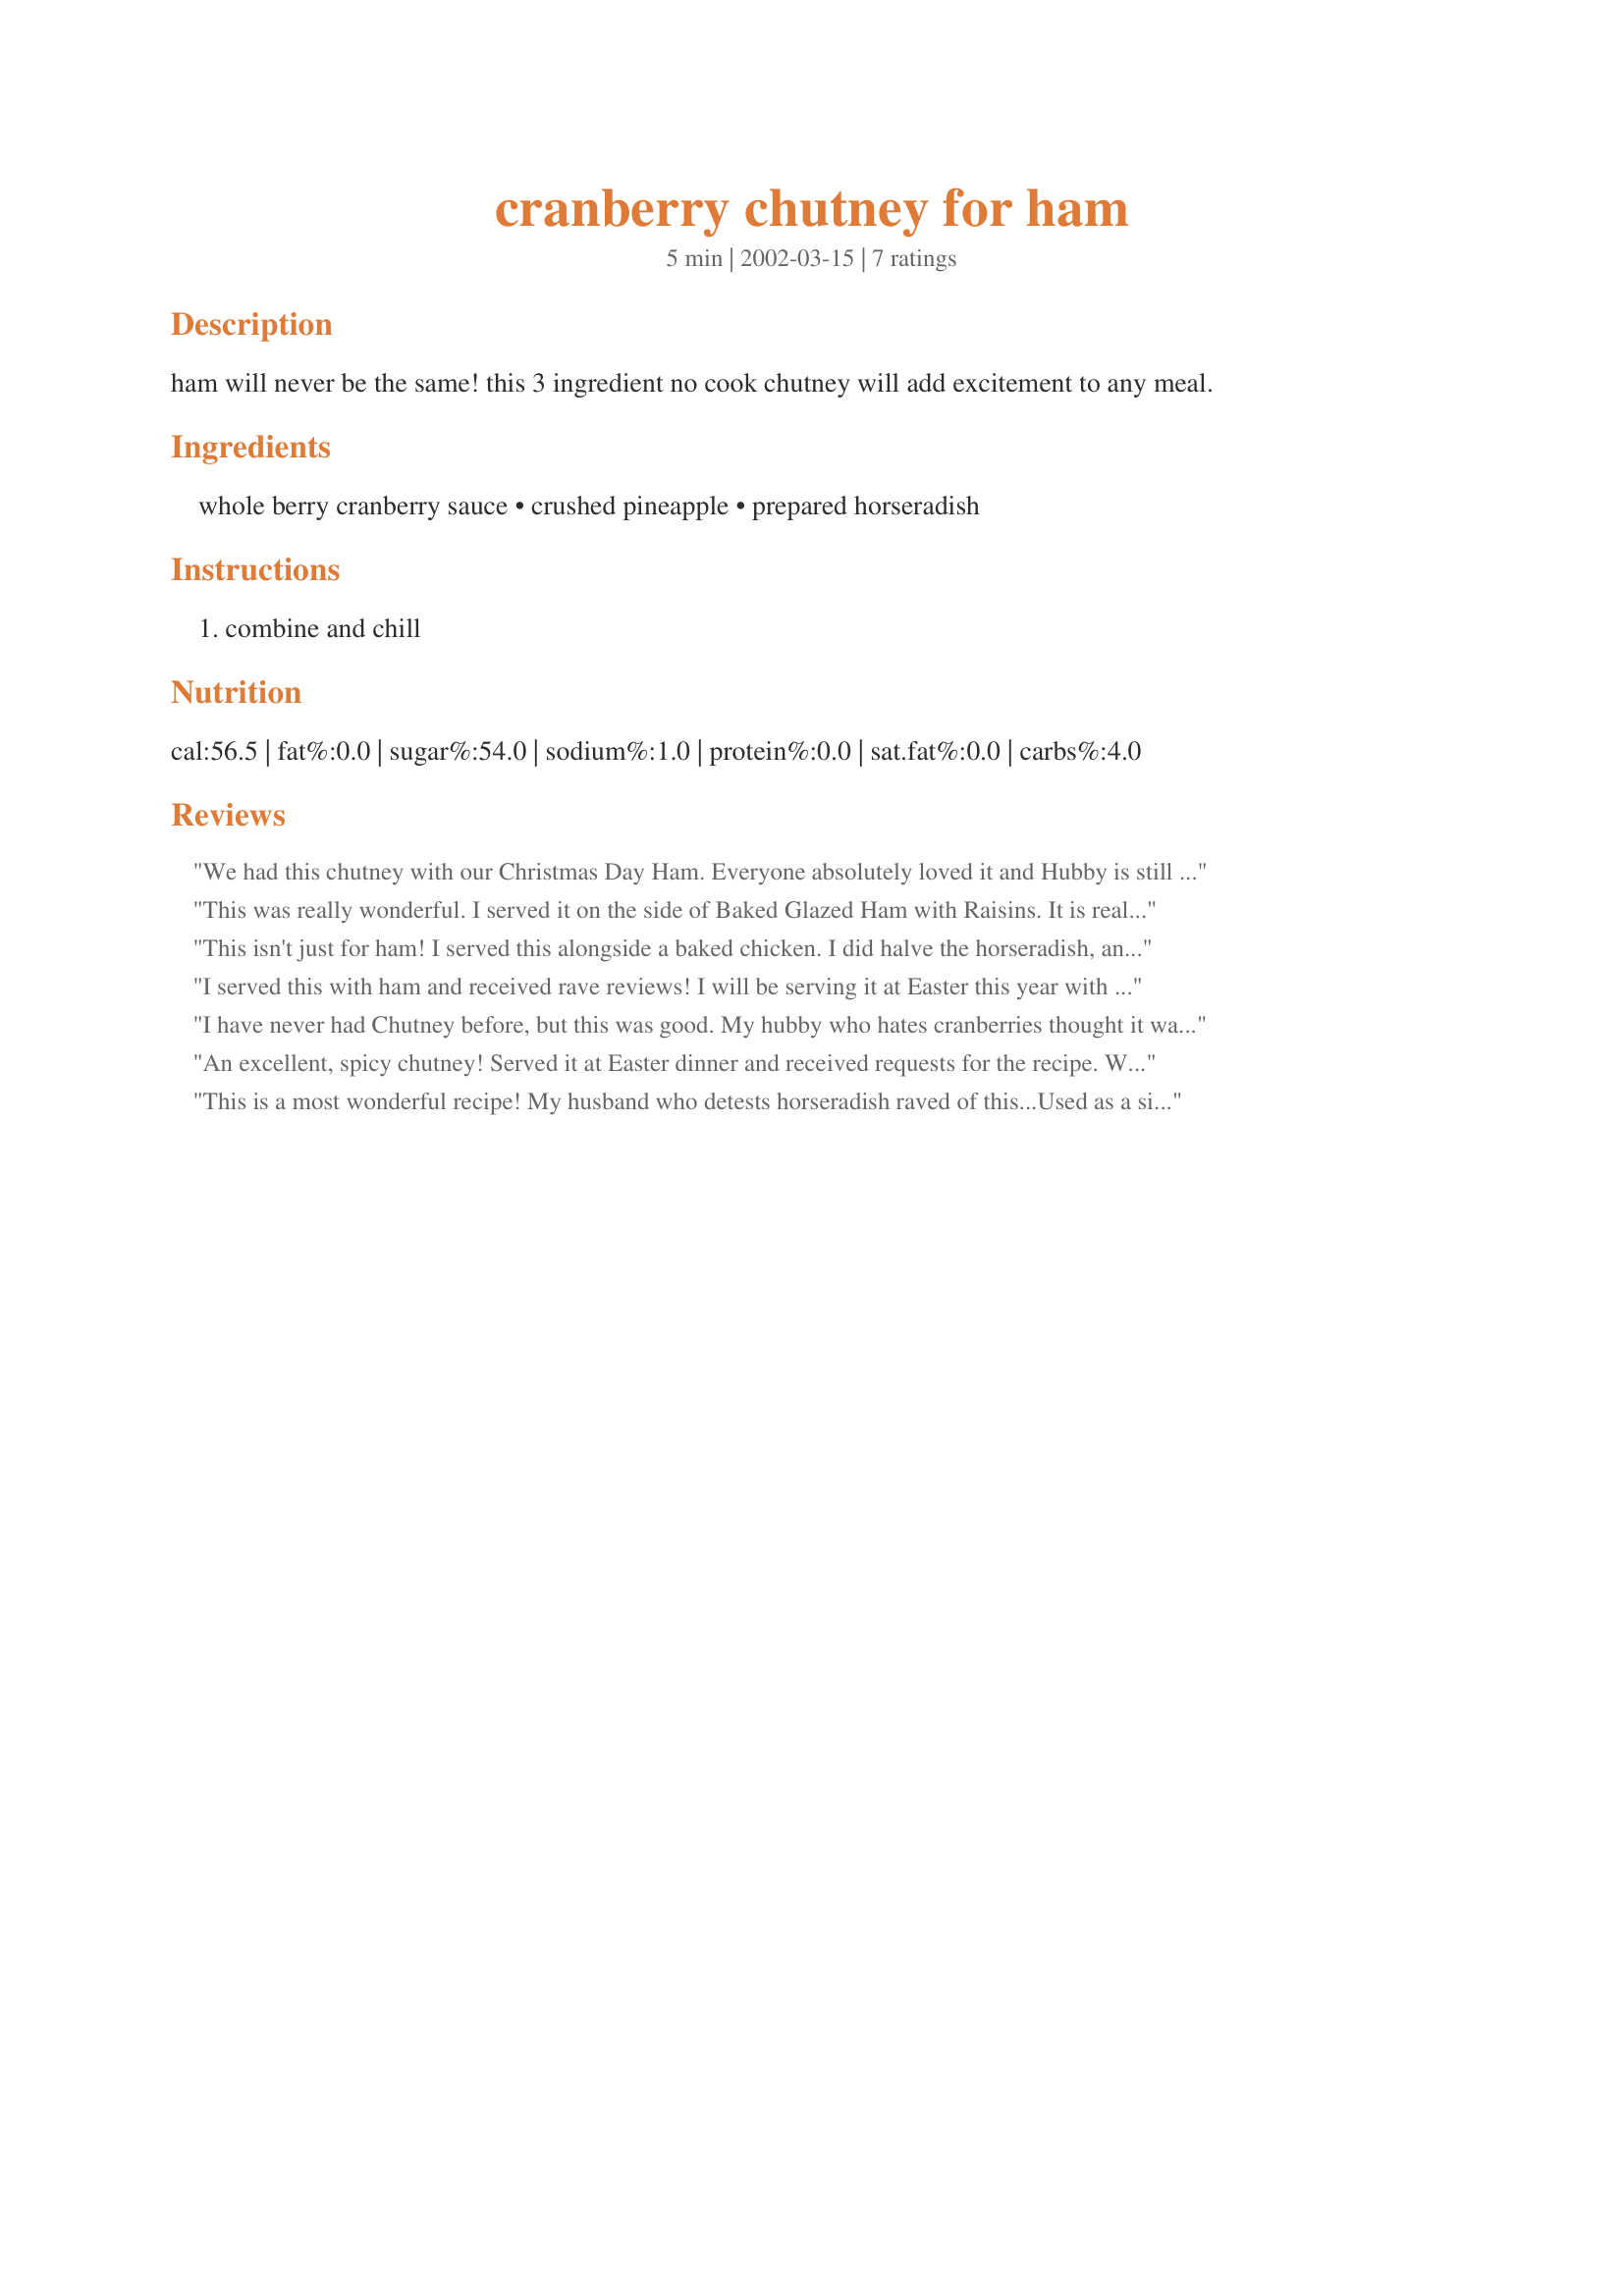
cranberry chutney for ham
Preparation time: 5 minutes

ham will never be the same! this 3 ingredient no cook chutney will add excitement to any meal.

Ingredients:
whole berry cranberry sauce, crushed pineapple, prepared horseradish

Steps:
combine and chill

Reviews:
We had this chutney with our Christmas Day Ham. Everyone absolutely loved it and Hubby is still raving about it. I made the recipe exactally as written. Totally recommend this very tasty chutney.
This was really wonderful. I served it on the side of Baked Glazed Ham with Raisins. It is really spicy, which I enjoyed. I would suggest for the fainter hearted that you halve the horseradish and add from there to your taste!
This isn't just for ham! I served this alongside a baked chicken. I did halve the horseradish, and it was still "hot" enough for us. Amazing taste! Plain ole cranberry sauce pales beside this! Will use this again with ham and turkey. Thanks, Lorac!!
I served this with ham and received rave reviews! I will be serving it at Easter this year with the utmost confidence to a houseful of guests.
I have never had Chutney before, but this was good. My hubby who hates cranberries thought it was really good. And it was pretty spicy, so I also add to cut the horseradish in half, but thanks for the recipe!
An excellent, spicy chutney! Served it at Easter dinner and received requests for the recipe. We have also used it for leftover ham sandwiches, and plan to use it for leftover turkey sandwiches.
This is a most wonderful recipe! My husband who
detests horseradish raved of this...Used as a
side dish for the ham I cooked.
